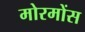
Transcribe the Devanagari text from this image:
मोरमोंस